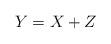
LaTeX: \begin{align*}Y=X+Z\end{align*}